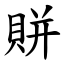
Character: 賆